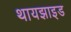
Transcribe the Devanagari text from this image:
थायझाइड